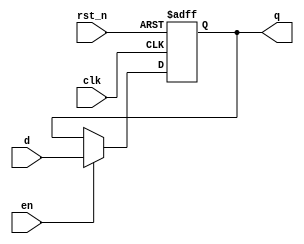
module register (
    input wire clk,         // Clock input
    input wire rst_n,      // Active low reset
    input wire en,         // Enable signal
    input wire [1:0] d,    // 2-bit data input
    output reg [1:0] q     // 2-bit data output
);

// Always block for synchronous behavior
always @(posedge clk or negedge rst_n) begin
    if (!rst_n) begin
        // Asynchronous reset
        q <= 2'b00; // Reset output to 0
    end else if (en) begin
        // Non-blocking assignment on enable
        q <= d; // Update output with input data
    end
end

endmodule